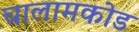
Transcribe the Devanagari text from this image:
चालामकोड